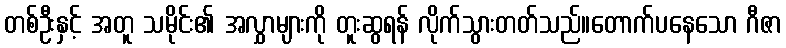
တစ်ဦးနှင့် အတူ သမိုင်း၏ အလွှာများကို တူးဆွရန် လိုက်သွားတတ်သည်။တောက်ပနေသော ဂီဇာ